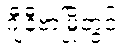
ဂျီနီဗာမြို့တွင်